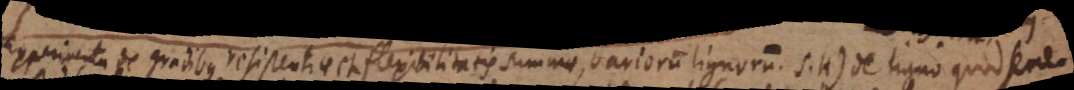
Experimenta de gradibus resistentiae et flexibilitatis summae, variorum lignorum. S.H) De ligno quod semes